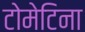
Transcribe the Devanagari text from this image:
टोमेटिना